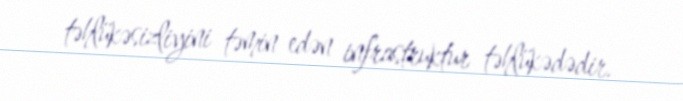
təhlükəsizliyini təmin edən infrastruktur təhlükədədir.